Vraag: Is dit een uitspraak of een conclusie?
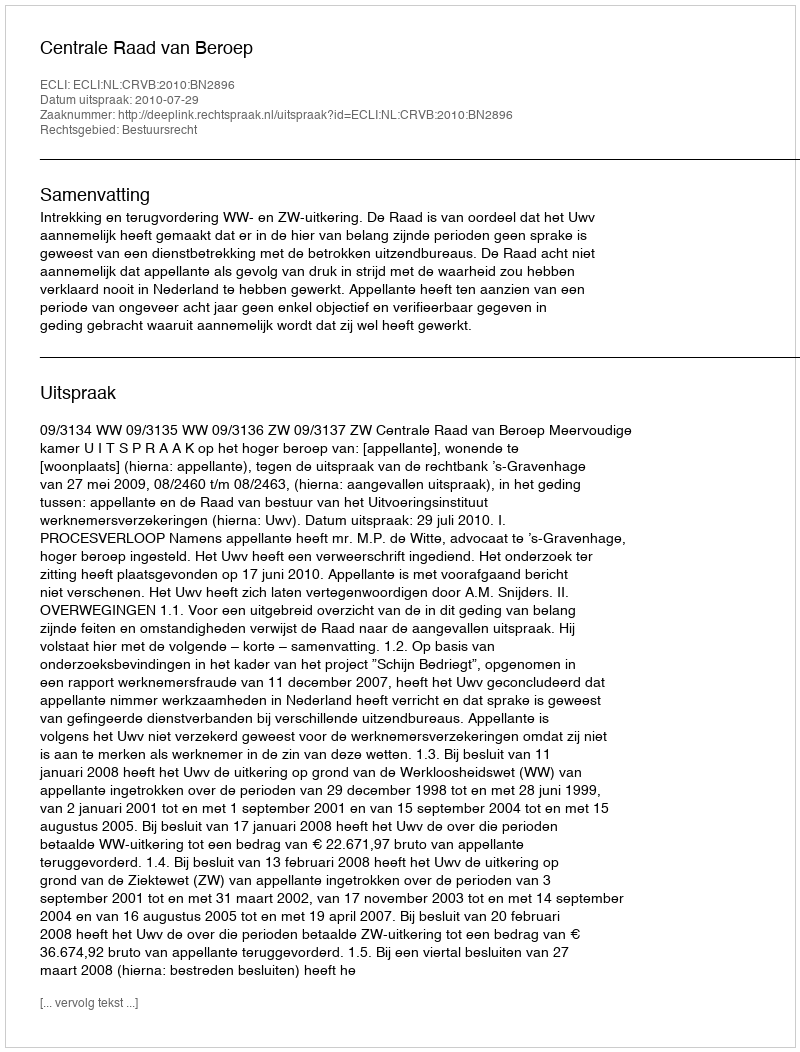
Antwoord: Uitspraak